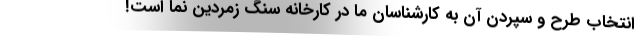
انتخاب طرح و سپردن آن به کارشناسان ما در کارخانه سنگ زمردین نما است!